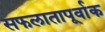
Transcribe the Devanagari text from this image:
सफलातापूर्वाक